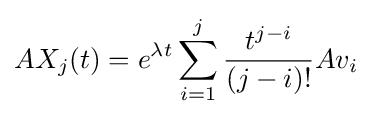
AX_{j}(t)=e^{\lambda t}\sum _{i=1}^{j}{\frac {t^{j-i}}{(j-i)!}}Av_{i}